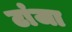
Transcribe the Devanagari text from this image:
टांजा